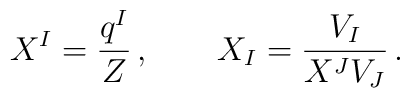
X^I = \frac{q^I}{Z}\,, \qquad X_I = \frac{V_I}{X^J V_J}\,.